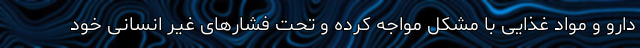
دارو و مواد غذایی با مشکل مواجه کرده و تحت فشارهای غیر انسانی خود